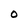
Character: O